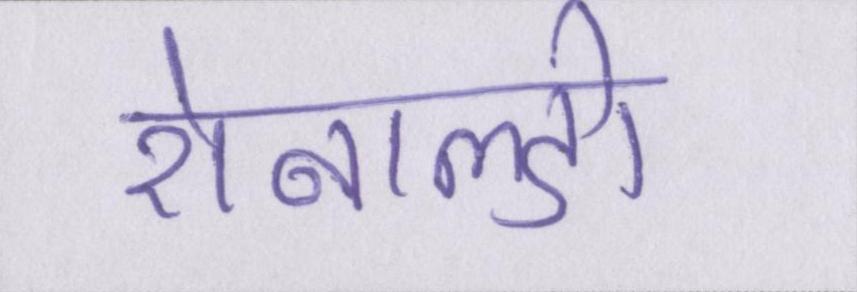
रोनाल्डो